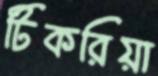
টিকরিয়া